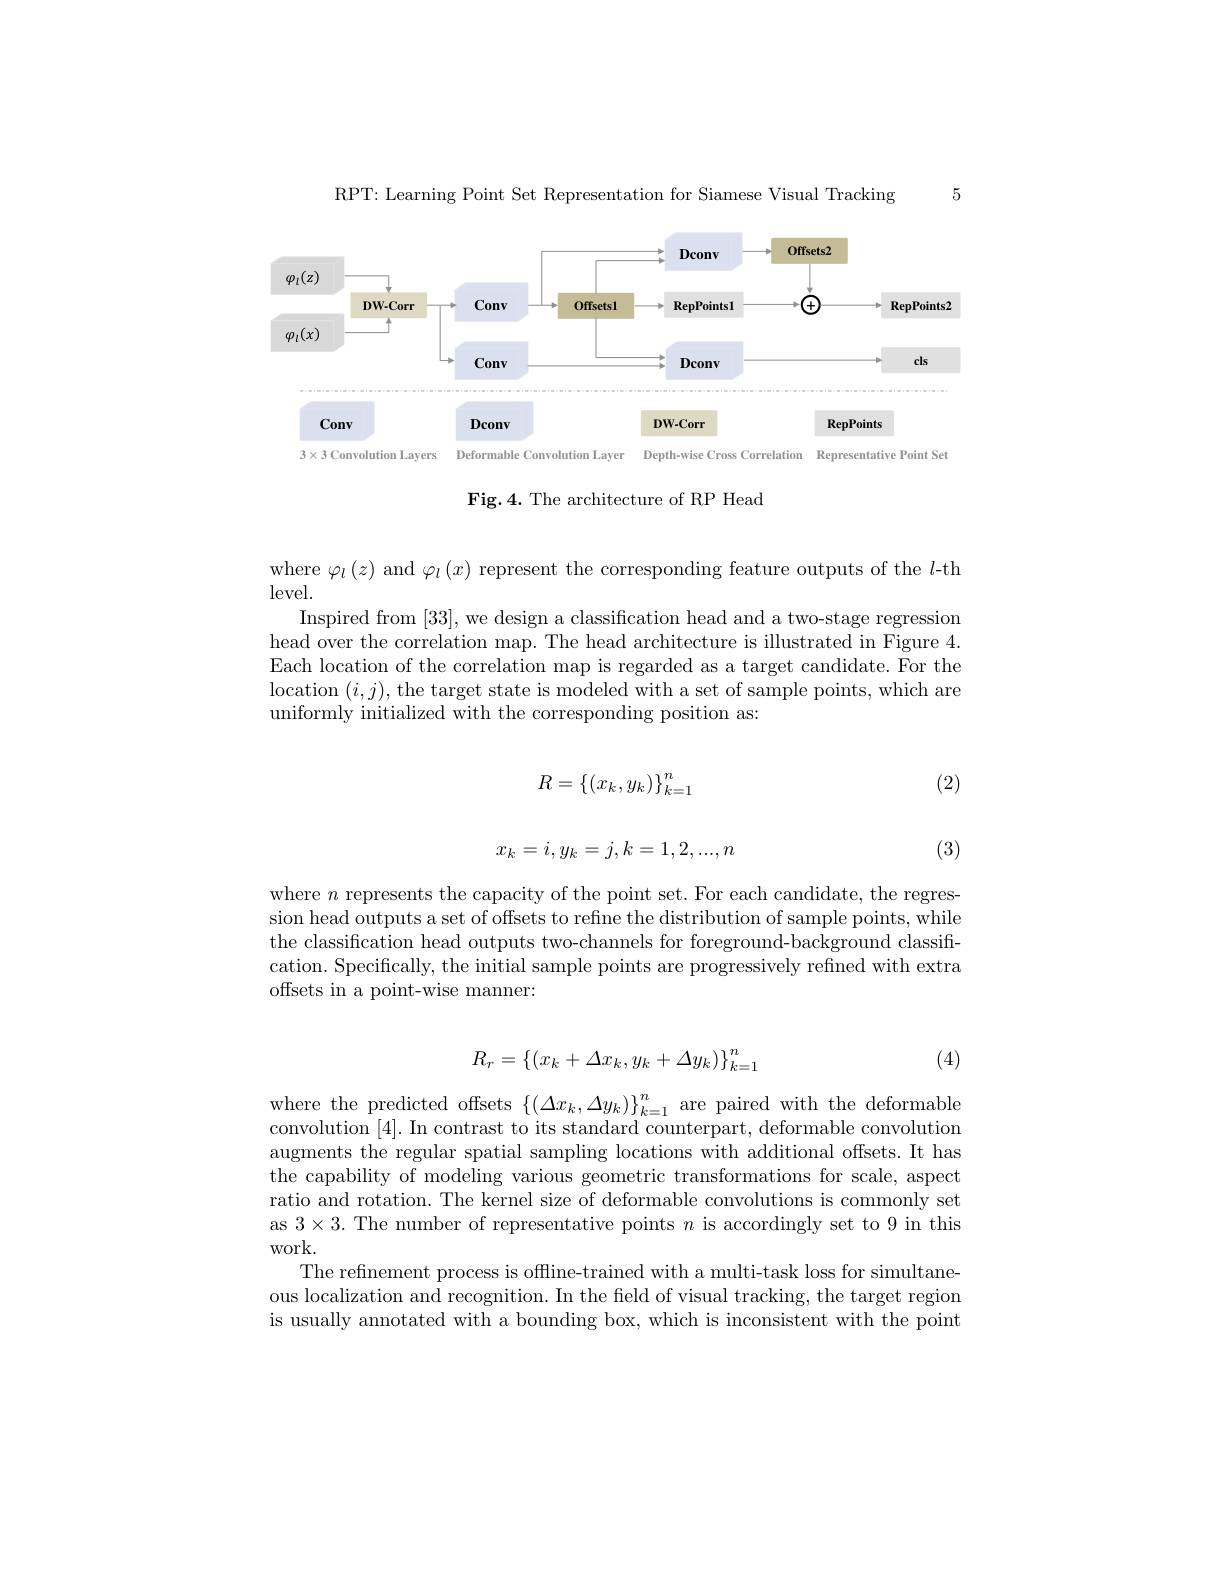
5

RPT: Learning Point Set Representation for Siamese Visual Tracking

<FigureHere>

Fig.4. The architecture of RP Head

where $\varphi_l\left(z\right)$ and $\varphi_l\left(x\right)$ represent the corresponding feature outputs of the $l$-th

level.

Inspired from [33], we design a classification head and a two-stage regression head over the correlation map. The head architecture is illustrated in Figure 4. Each location of the correlation map is regarded as a target candidate. For the location $(i,j)$, the target state is modeled with a set of sample points, which are uniformly initialized with the corresponding position as:

(2)
$$R=\left\{\left(x_k,y_k\right)\right\}_{k=1}^n$$
$$x_k=i,y_k=j,k=1,2,...,n$$
(3)

where $n$ represents the capacity of the point set. For each candidate, the regression head outputs a set of offsets to refine the distribution of sample points, while the classification head outputs two-channels for foreground-background classification. Specifically, the initial sample points are progressively refined with extra offsets in a point-wise manner:
$$R_{r}=\left\{(x_{k}+\Delta x_{k},y_{k}+\Delta y_{k})\right\}_{k=1}^{n}$$
(4)

where the predicted offsets $\{(\Delta x_k,\Delta y_k)\}_{k=1}^n$ are paired with the deformable convolution [4]. In contrast to its standard counterpart, deformable convolution augments the regular spatial sampling locations with additional offsets. It has the capability of modeling various geometric transformations for scale, aspect ratio and rotation. The kernel size of deformable convolutions is commonly set as $3\times3.$ The number of representative points $n$ is accordingly set to 9 in this work.
The refinement process is offline-trained with a multi-task loss for simultaneous localization and recognition. In the field of visual tracking, the target region is usually annotated with a bounding box, which is inconsistent with the point